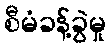
စီမံခန့်ခွဲမှု